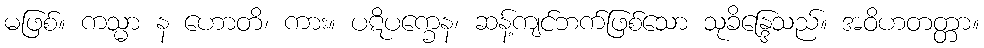
မဖြစ်။ ကသ္မာ န ဟောတိ၊ ကား။ ပဋိပက္ခေန၊ ဆန့်ကျင်ဘက်ဖြစ်သော သုခိန္ဒြေသည်။ အဝိဟတတ္တာ။